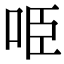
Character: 𠱸